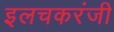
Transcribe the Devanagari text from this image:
इलचकरंजी